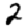
Digit: 2